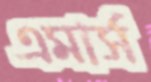
এমার্স